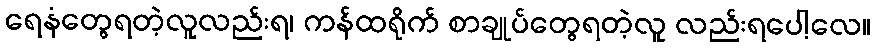
ရေနံတွေရတဲ့လူလည်းရ၊ ကန်ထရိုက် စာချုပ်တွေရတဲ့လူ လည်းရပေါ့လေ။